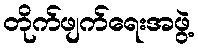
တိုက်ဖျက်ရေးအဖွဲ့